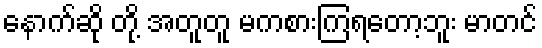
နောက်ဆို တို့ အတူတူ မကစားကြရတော့ဘူး မာတင်